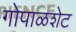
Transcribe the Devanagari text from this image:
गोपाळशेट